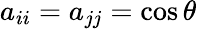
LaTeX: a_{ii}=a_{jj}=\cos\theta